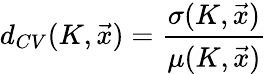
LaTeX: d_{CV}(K,\vec{x})=\frac{\sigma(K,\vec{x})}{\mu(K,\vec{x})}